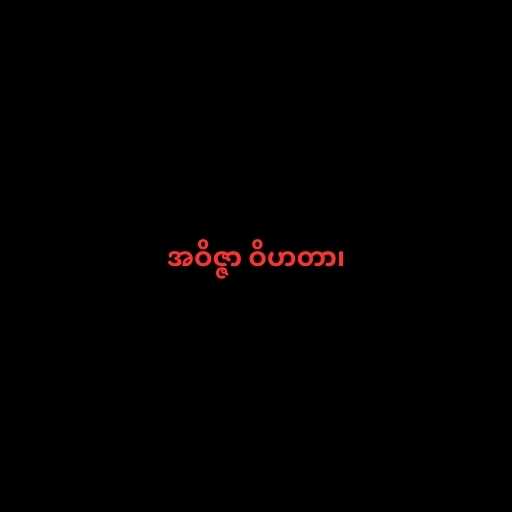
အဝိဇ္ဇာ ဝိဟတာ၊